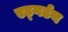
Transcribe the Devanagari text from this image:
एड्गर्टन